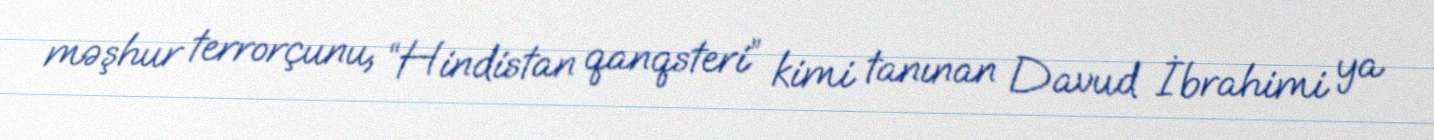
məşhur terrorçunu, “Hindistan qanqsteri” kimi tanınan Davud İbrahimi ya